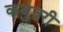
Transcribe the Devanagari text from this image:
कबुतरी